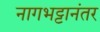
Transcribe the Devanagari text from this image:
नागभट्टानंतर